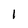
Character: I